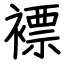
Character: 褾